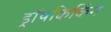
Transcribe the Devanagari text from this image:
ड्रॉपकिकिंग